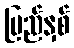
ပြည်နှစ်